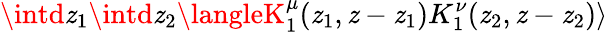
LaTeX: \intd\mathit{z}_{1}\intd\mathit{z}_{2}\langleK_{1}^{\mu}(\mathit{z}_{1},\mathit{z}-\mathit{z}_{1})K_{1}^{\nu}(\mathit{z}_{2},\mathit{z}-\mathit{z}_{2})\rangle